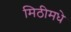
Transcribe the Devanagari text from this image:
मिठीमधे